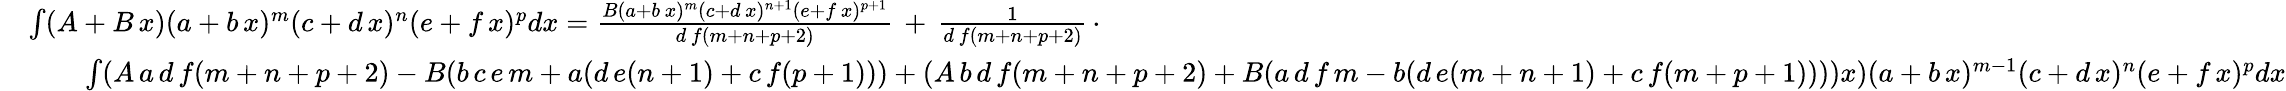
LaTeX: {\begin{array}{rl}&{\int(A+B\, x)(a+b\, x)^{m}(c+d\, x)^{n}(e+f\, x)^{p}dx={\frac{B(a+b\, x)^{m}(c+d\, x)^{n+1}(e+f\, x)^{p+1}}{d\, f(m+n+p+2)}}\, +\, {\frac{1}{d\, f(m+n+p+2)}}\, \cdot}\\ &{\qquad\int(A\, a\, d\, f(m+n+p+2)-B(b\, c\, e\, m+a(d\, e(n+1)+c\, f(p+1)))+(A\, b\, d\, f(m+n+p+2)+B(a\, d\, f\, m-b(d\, e(m+n+1)+c\, f(m+p+1))))x)(a+b\, x)^{m-1}(c+d\, x)^{n}(e+f\, x)^{p}dx}\end{array}}